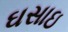
ઘસાઇ